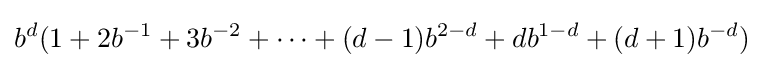
b^{d}(1+2b^{-1}+3b^{-2}+\cdots +(d-1)b^{2-d}+db^{1-d}+(d+1)b^{-d})